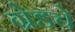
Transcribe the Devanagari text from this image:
ग्रेडचे